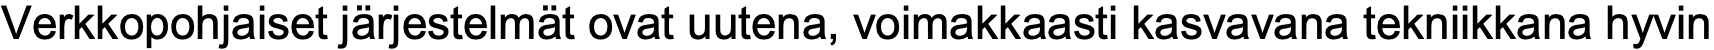
Verkkopohjaiset järjestelmät ovat uutena, voimakkaasti kasvavana tekniikkana hyvin